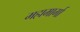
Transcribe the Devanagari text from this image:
महामार्गा